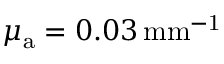
\mu _ { \mathrm { a } } = 0 . 0 3 \, \mathrm { { m m } ^ { - 1 } }